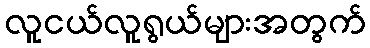
လူငယ်လူရွယ်များအတွက်